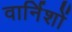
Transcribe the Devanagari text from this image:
वार्निशों